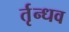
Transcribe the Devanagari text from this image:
र्तृन्धव